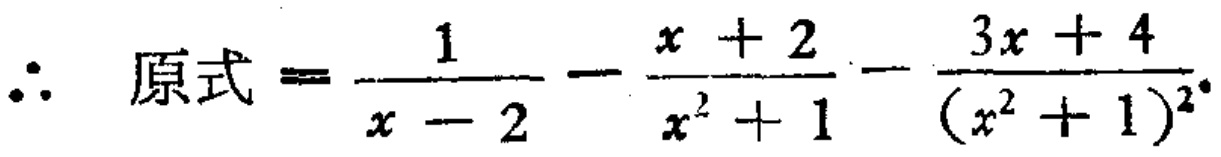
\(\therefore 原式=\frac{1}{x - 2}-\frac{x + 2}{x^{2} + 1}-\frac{3x + 4}{(x^{2} + 1)^{2}}\)